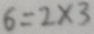
6 = 2 \times 3